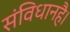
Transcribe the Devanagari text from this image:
संविधानहै।